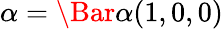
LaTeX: \alpha=\Bar{\alpha}(1,0,0)